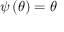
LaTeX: { \boldsymbol { \psi } } \left( { \boldsymbol { \theta } } \right) = { \boldsymbol { \theta } }